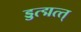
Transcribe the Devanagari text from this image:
ड्डत्द्मत्त्